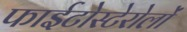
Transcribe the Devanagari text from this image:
फाईटोस्टेरोलों